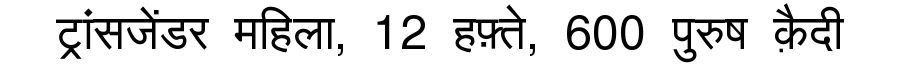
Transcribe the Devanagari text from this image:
ट्रांसजेंडर महिला, 12 हफ़्ते, 600 पुरुष क़ैदी